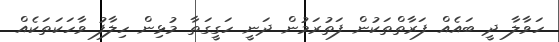
ހަވާލާ ދީ ބައެއް ފަރާތްތަކުން ފަތުރަމުން ދަނީ ހަގީގަތާ މުޅިން ހިލާފު ވާހަަކަތަކެއް